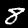
Digit: 8